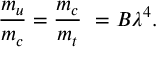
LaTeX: { \frac { m _ { u } } { m _ { c } } } = { \frac { m _ { c } } { m _ { t } } } \ = B \lambda ^ { 4 } .